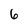
Character: 6